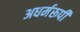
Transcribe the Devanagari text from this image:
अधर्मरूपी